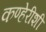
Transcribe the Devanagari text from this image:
कण्हेरीशी